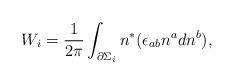
LaTeX: \begin{align*}W_i=\frac 1{2\pi }\int_{\partial \Sigma _i}n^{*}(\epsilon_{ab}n^adn^b),\end{align*}